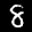
Label: 8